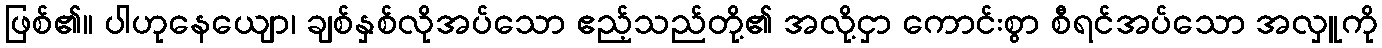
ဖြစ်၏။ ပါဟုနေယျော၊ ချစ်နှစ်လိုအပ်သော ဧည့်သည်တို့၏ အလို့ငှာ ကောင်းစွာ စီရင်အပ်သော အလှူကို